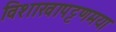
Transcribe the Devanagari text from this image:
विशाखापट्टणमया